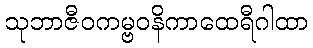
သုဘာဇီဝကမ္ဗဝနိကာထေရီဂါထာ